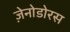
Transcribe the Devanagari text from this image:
ज़ेनोडोरस